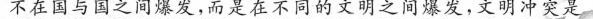
不在国与国之间爆发，而是在不同的文明之间爆发，文明冲突是